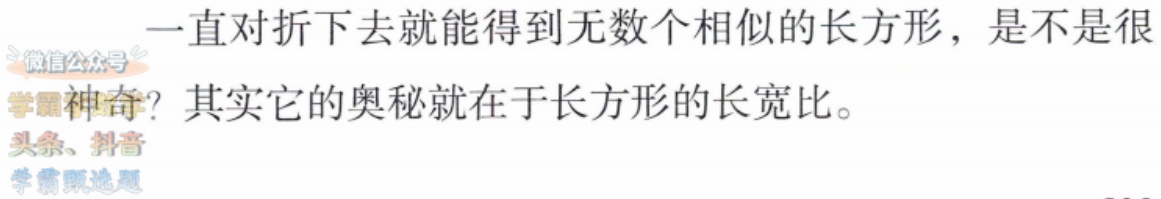
一直对折下去就能得到无数个相似的长方形，是不是很
微信公众号
学霸
神奇？其实它的奥秘就在于长方形的长宽比。
头条、抖音
学霸甄选